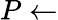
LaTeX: P\leftarrow